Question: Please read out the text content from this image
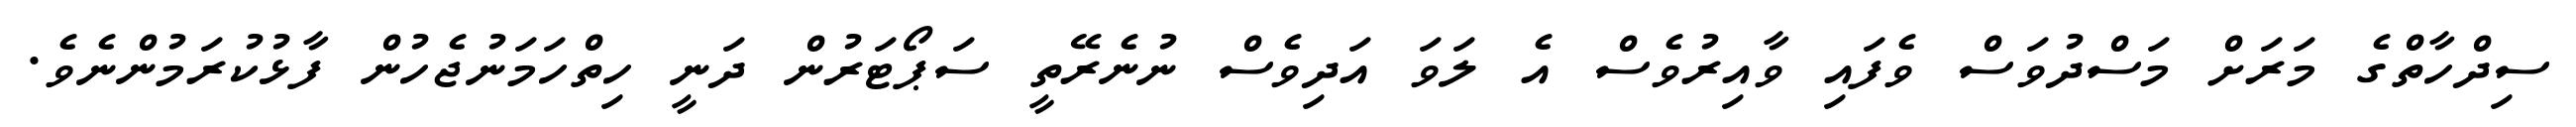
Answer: ސިދްހާތްގެ މަރަށް މަސްދުވަސް ވެފައި ވާއިރުވެސް އެ ލަވަ އަދިވެސް ނުނެރޭތީ ސަޕޯޓަރުން ދަނީ ހިތްހަމަނުޖެހުން ފާޅުކުރަމުންނެވެ.